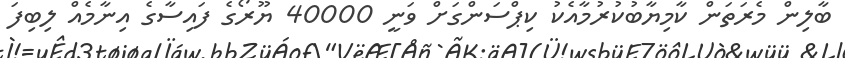
ބާލިން މެރަތަން ކާމިޔާބުކުރުމާއެކު ކިޕްސަންގަށް ވަނީ 40000 ޔޫރޯގެ ފައިސާގެ އިނާމެއް ލިބިފަ